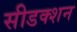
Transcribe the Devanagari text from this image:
सीडक्शन